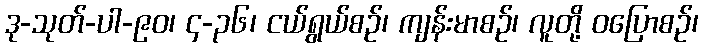
ဒု-သုတ်-ပါ-၉၀၊ ၄-၃၆၊ ငယ်ရွယ်စဉ်၊ ကျန်းမာစဉ်၊ လူတို့ ဝပြောစဉ်၊